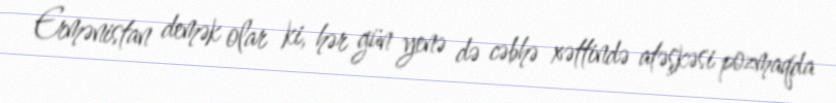
Ermənistan demək olar ki, hər gün yenə də cəbhə xəttində atəşkəsi pozmaqda